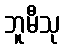
ဘူမီသု